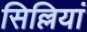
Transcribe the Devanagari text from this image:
सिल्लियां